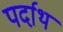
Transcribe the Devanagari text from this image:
पर्दाथ